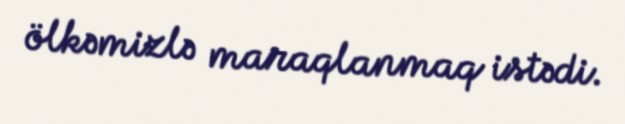
ölkəmizlə maraqlanmaq istədi.